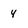
Character: 4